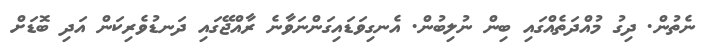
ނެތުން. ދިގު މުއްދަތެއްގައި ބިން ނުލިބުން. އެނގިވަޑައިގަންނަވާނެ ރާއްޖޭގައި ދަނޑުވެރިކަން އަދި ބޮޑަށް